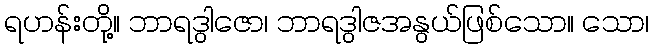
ရဟန်းတို့။ ဘာရဒွါဇော၊ ဘာရဒွါဇအနွယ်ဖြစ်သော။ သော၊